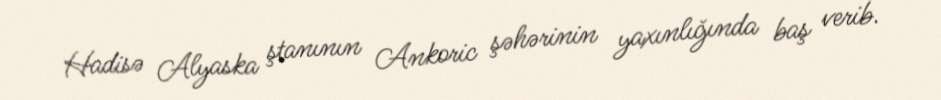
Hadisə Alyaska ştanının Ankoric şəhərinin yaxınlığında baş verib.